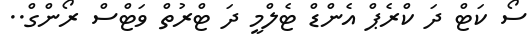
ސޯ ކަޓް ދަ ކްރެޕް އެންޑް ޓެލްމީ ދަ ޓްރުތް ވަޓްސް ރޯންގް..